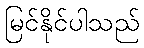
မြင်နိုင်ပါသည်